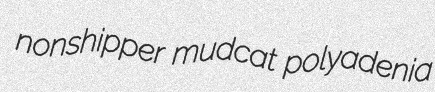
nonshipper mudcat polyadenia